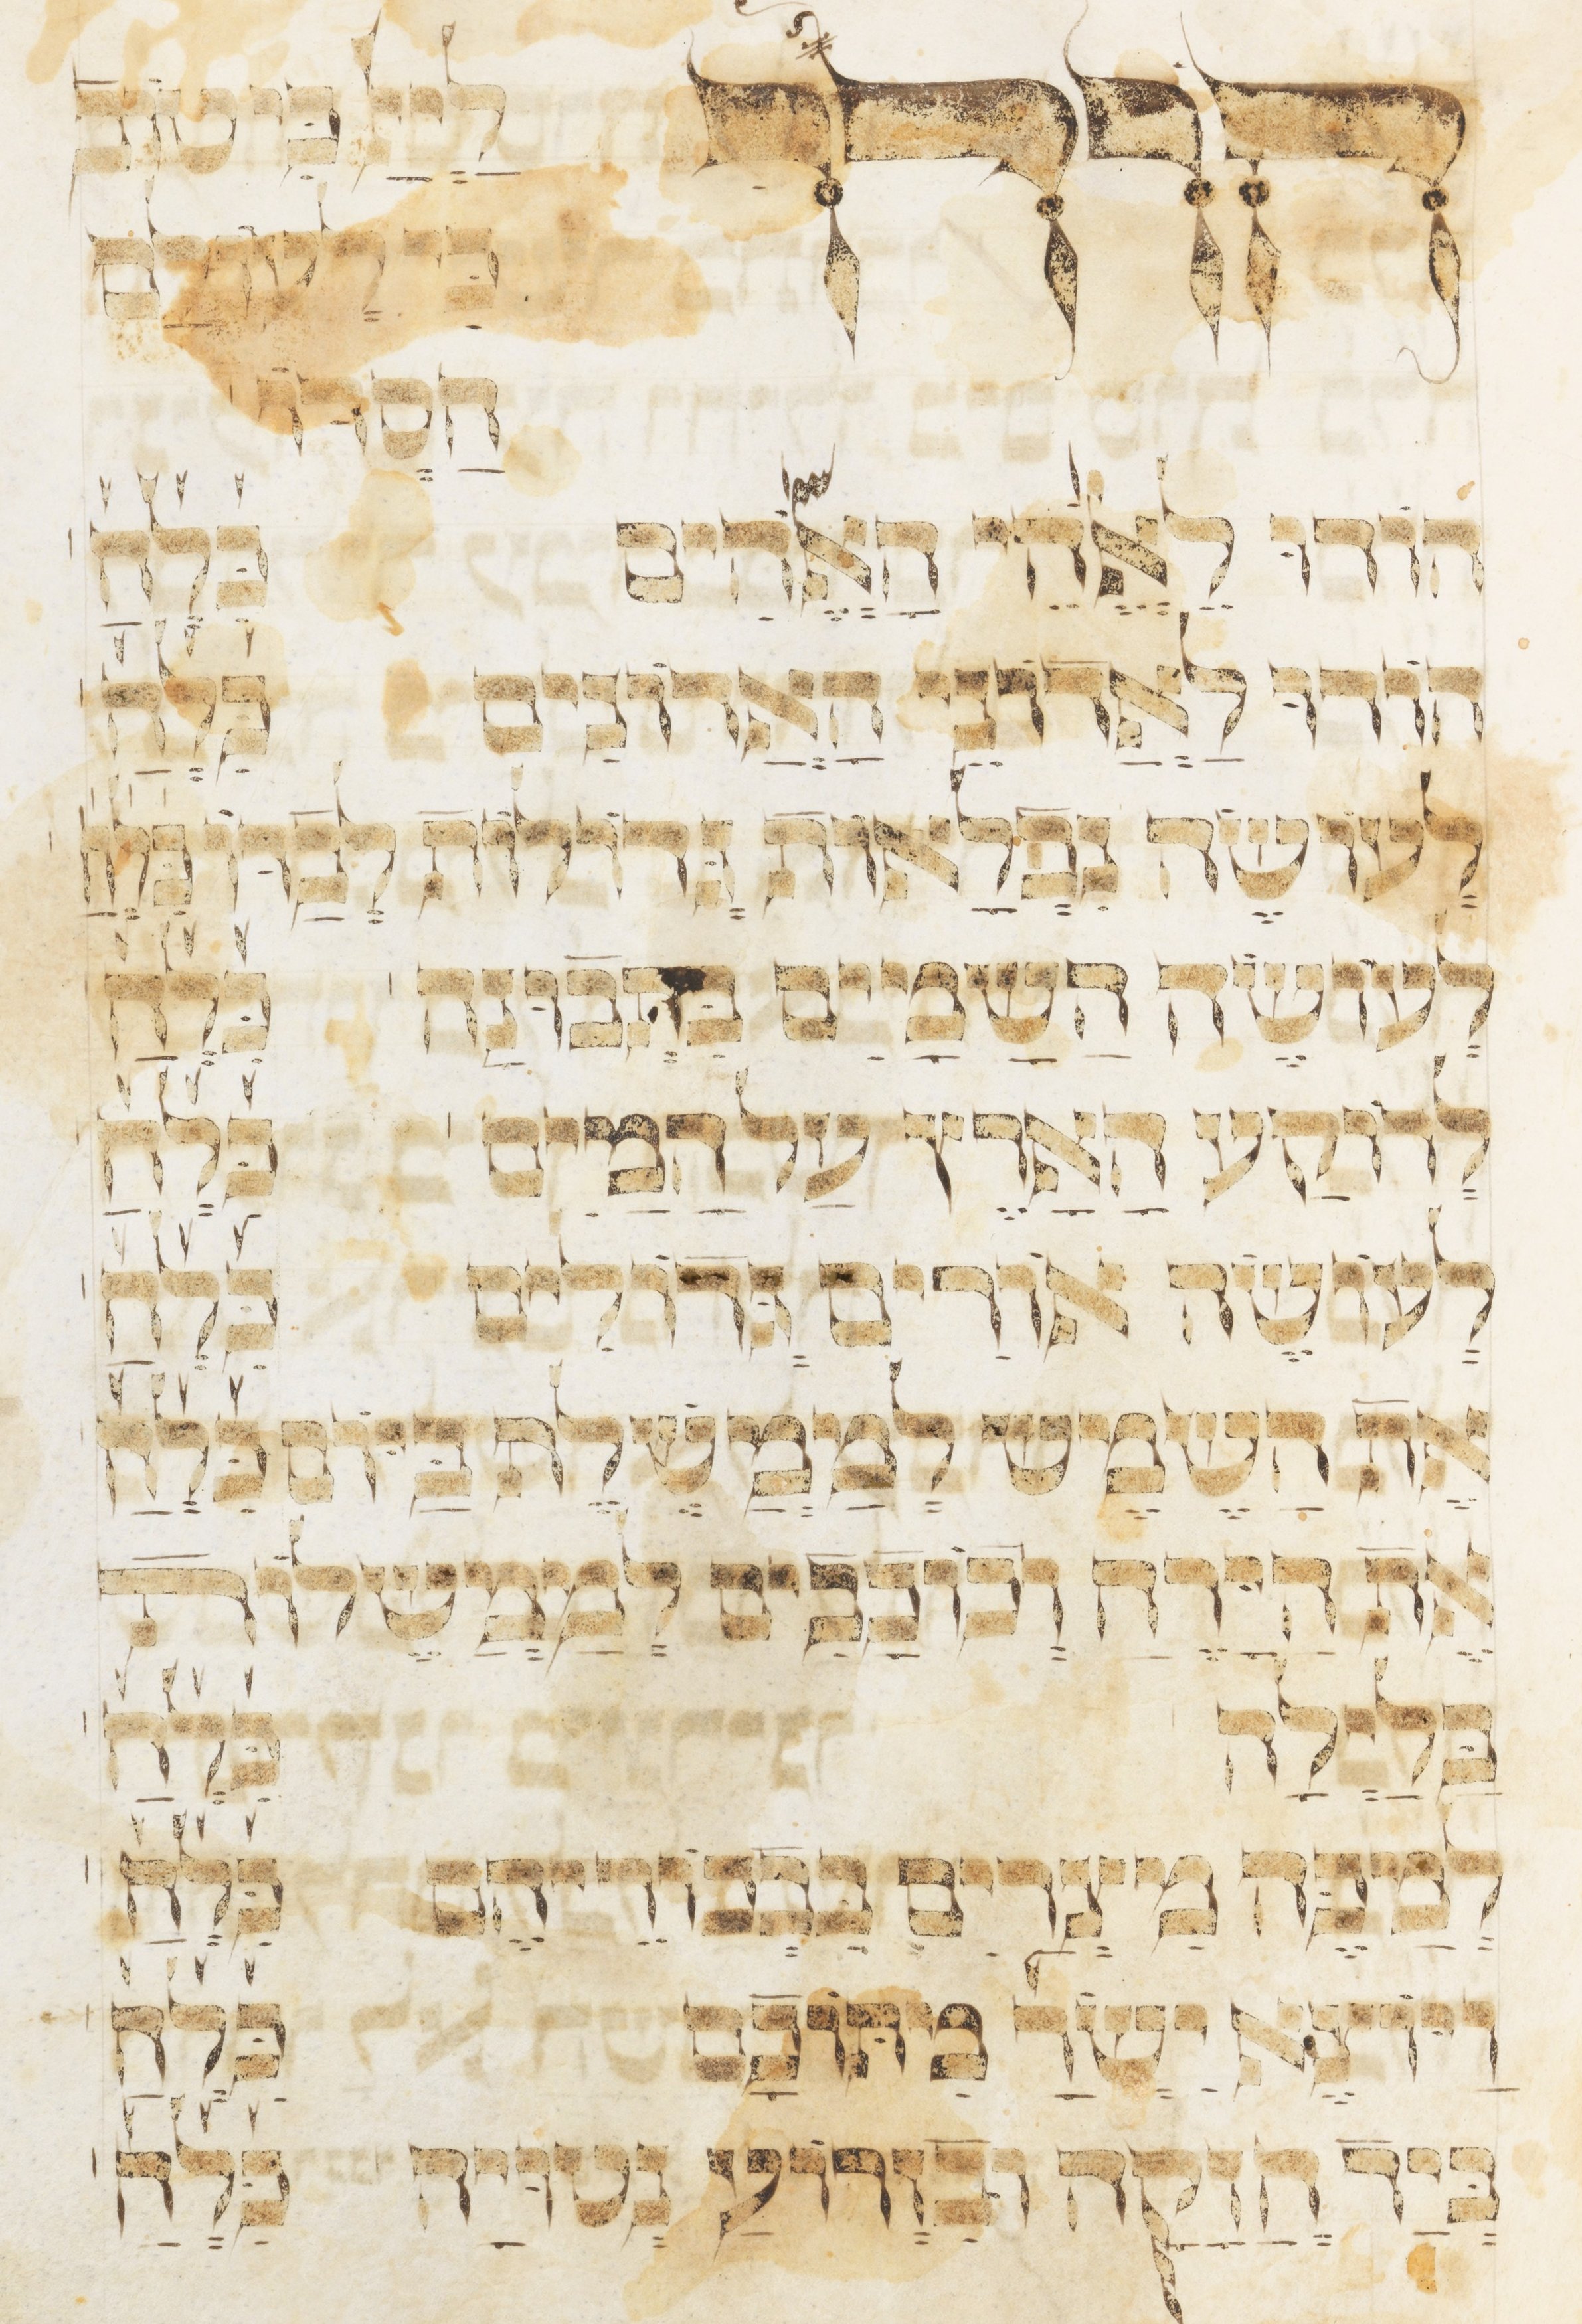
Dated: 1400–1499